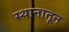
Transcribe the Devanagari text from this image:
स्थानातून